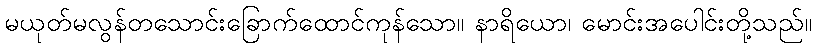
မယုတ်မလွန်တသောင်းခြောက်ထောင်ကုန်သော။ နာရိယော၊ မောင်းအပေါင်းတို့သည်။